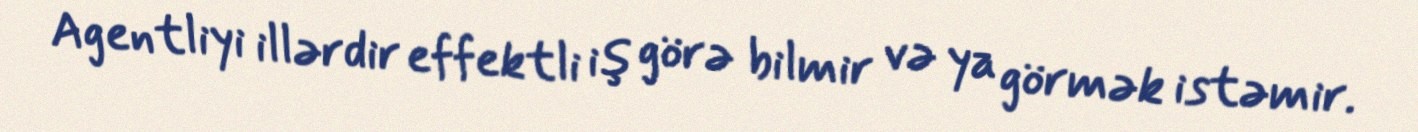
Agentliyi illərdir effektli iş görə bilmir və ya görmək istəmir.